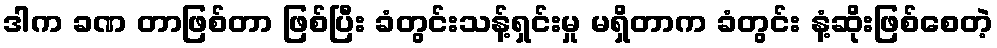
ဒါက ခဏ တာဖြစ်တာ ဖြစ်ပြီး ခံတွင်းသန့်ရှင်းမှု မရှိတာက ခံတွင်း နံ့ဆိုးဖြစ်စေတဲ့